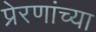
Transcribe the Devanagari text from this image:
प्रेरणांच्या